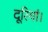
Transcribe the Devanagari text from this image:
दूरियां।